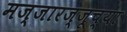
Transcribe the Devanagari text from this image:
मज्जारज्जूच्या